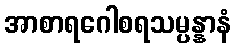
အာစာရဂေါစရသမ္ပန္နာနံ